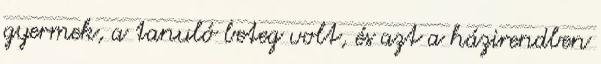
gyermek, a tanuló beteg volt, és azt a házirendben